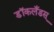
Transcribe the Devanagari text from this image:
डॉकलँडस्